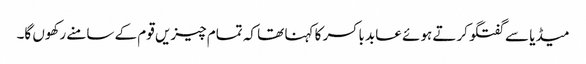
میڈیا سے گفتگو کرتے ہوئے عابد باکسر کا کہنا تھا کہ تمام چیزیں قوم کے سامنے رکھوں گا۔